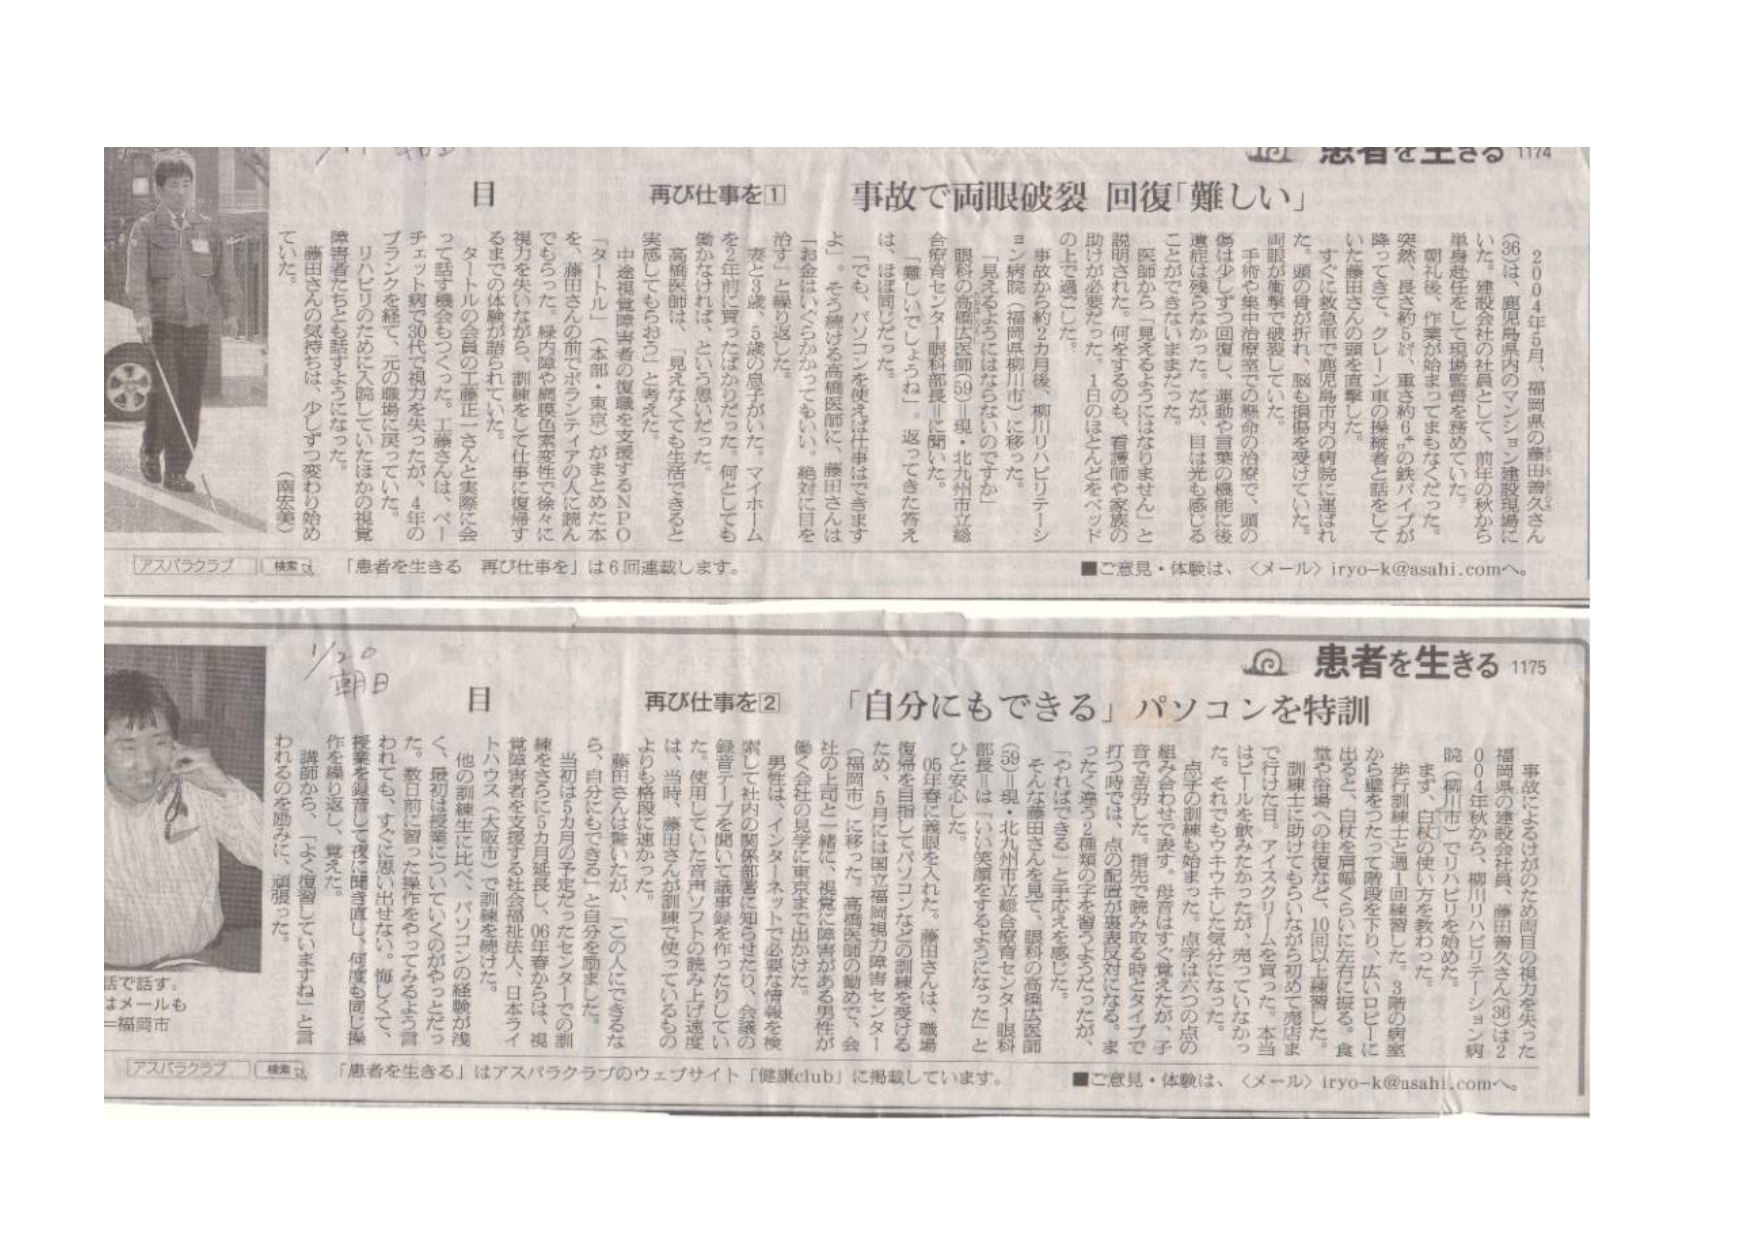
患者を生きる 1174

事故で両眼破裂 回復「難しい」

（36）は、鹿児島県内のマンション建設現場にいた。建設会社の社員として、前年の秋から単身赴任をして現場監督を務めていた。

朝礼後、作業が始まってはなかった。突然、長さ約5メートル、重さ約6キロの鉄パイプが降ってきて、クレーン車の操縦者と話をして いた藤田さんの頭を直撃した。

すぐに救急車で鹿児島市内の病院に運ばれた。頭の骨が折れ、脳も損傷を受けていた。両眼が衝撃で破裂していた。

手術や集中治療室での救命の治療で、頭の傷は少しずつ回復し、運動や言葉の機能で後遺症は残らなかった。だが、目は光も感じる ことができないままだった。

医師から「何をするのにも、はなからません」と説明された。何をするのも、看護師や家族の助けが必要だった。1日のほとんどをベッドの上に過ごした。

事故から約2カ月後、柳川リハビリテーション病院（福岡県柳川市）に移った。

「見えたのは、ほんのわずかだった。」眼科の高橋法医師（59・現・北九州市立総合病院センター眼科部長）に聞いた。「難しいでしょうね。」返ってきた答えは、ほぼ同じだった。

「でも、パソコンを使う仕事はできますよ。」そう繰り返す高橋医師に、藤田さんは「お金はたくさんかかってもよい。絶対に目を治す」と繰り返した。

妻と3歳、5歳の息子がいた。マイホームを年間で買ったばかりだった。何としても働かなければ、という思いだった。

高橋医師は、「見えなくても生活できると実感してもらおう」と考えた。

中途視覚障害者の復職を支援するNPO「タートル」（本部・東京）がまとめた本をもった。藤田さんの前でボランティアの人に読んでもらった。縁内障や網膜色素変性で徐々に視力を失いながら、訓練をして仕事に復帰するまでの体験が語られていた。

タートルの会員の工藤正一さんと実際に会って話す機会もつくった。工藤さんは、ベッチェット病で30代で視力を失ったが、4年のブランクを経て、元の職場に戻っていた。

リハビリのために入院していたほかの視覚障害者たちと話すようになった。

藤田さんの気持ちは、少しずつ変わり始めた。

（南安美）

アスパラクラブ 検索は 「患者を生きる 再び仕事を」は6回連載します。

■ご意見・体験は、〈メール〉iryo-k@asahi.comへ。

患者を生きる 1175

「自分にもできる」パソコンを特訓

事故によるけがのため両目の視力を失った福岡県の建設会社員、藤田善久さん（36）は2004年秋から、柳川リハビリテーション病院（柳川市）でリハビリを始めた。

まず、白杖の使い方を教わった。歩行訓練と通い回復習した。3階の病室から壁を二つで階段を下り、左にドアに はると、白杖を肩幅くらいに左右に振る。食堂や浴場への往復など、10回以上練習した。

訓練士に助けてもらいながら初めに商店までは行った日、アイスクリームを買った。本当にビールを飲みたかったが、売っていなかった。それでもウキウキした気分だった。

点字の訓練も始めた。点字はすず、音をたが、子組み合わせて表す。段首はすず、音をたが、子音で語句した。指先で読み取る時にタイプで打つ時では、点の配置が変更対応になる。ま ったく違って、種類の字を習った。たったが、「やればできる」と手応えを感じた。

そんな藤田さんを見、眼科の高橋法医師（59・現・北九州市立総合病院センター眼科部長）は、「いい笑顔をもっていなった」と心を安心した。

05年春に義眼を入れた。藤田さんは、職場復帰を目指してパソコンなどの訓練を受けるため、5月には国立福岡視力障害センター（福岡市）に移った。高橋医師の勧めで、会社の上司と一緒に、視覚に障害がある男性が働く社会の見学に東京まで出かけた。

男は、インターネットで必要な情報を検索して社内の関係部署に知らせたり、会議の録音テープを聞いて読書録を作ったりしてい た。使用していた音声ソフトの読み上げ速度は、当時、藤田さんが訓練で使っているものよりも格段に速かった。

藤田さんは驚いたが、「この人にもできるなら、自分にもできる」と自分を励ました。

当初は5カ月の予定だったセミナーでの訓練をさらに6カ月延長し、06年春からは、視覚障害者を支援する社会福祉法人、日本ライトハウス（大阪市）で訓練を続けた。

他の訓練生に比べ、パソコンの経験が浅く、最初は授業についていくのがやっとだった。数日前に習った操作をやってみるよう言われても、すぐに思い出せない。悔しくて、授業を終了して夜は聞き直し、何度も同じ操作を繰り返し、覚えた。

講師から、「よく復習していますね」と言われるのを励みに、頑張った。

アスパラクラブ 検索は 「患者を生きる」はアスパラクラブのウェブサイト「健康club」に掲載しています。

■ご意見・体験は、〈メール〉iryo-k@asahi.comへ。

1/20 朝日

目 再び仕事を②

はて話す。
はメールも
＝福岡市